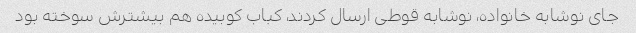
جای نوشابه خانواده، نوشابه قوطی ارسال کردند، کباب کوبیده هم بیشترش سوخته بود